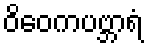
ဝိဝေကပဗ္ဘာရံ